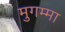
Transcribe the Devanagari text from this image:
मुगम्मा